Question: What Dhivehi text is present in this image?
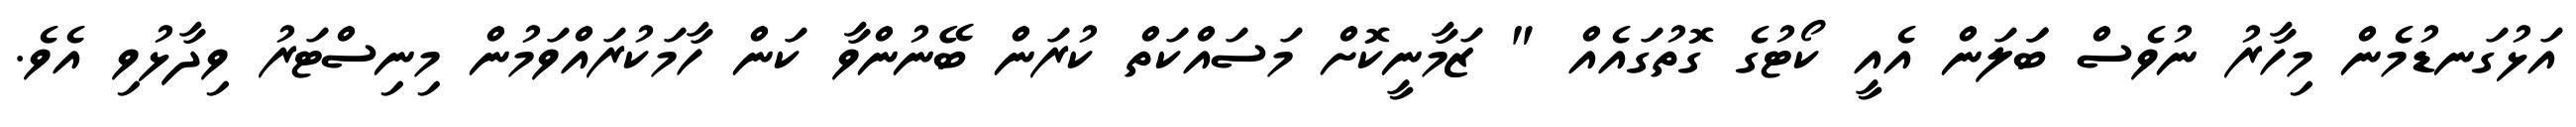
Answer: އަޅުގަނޑުމެން މިހާރު ނުވެސް ބަަލަން އެއީ ކޯޓުގެ ގޮތުގައެއް " ޒަމާނީކޮށް މަސައްކަތް ކުރަން ބޭނުންވާ ކަން ހާމަކުރައްވަމުން މިނިސްޓަރު ވިދާޅުވި އެވެ.